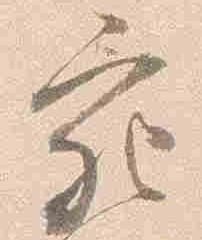
充